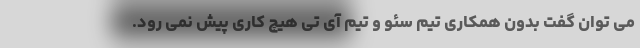
می توان گفت بدون همکاری تیم سئو و تیم آی تی هیچ کاری پیش نمی رود.